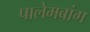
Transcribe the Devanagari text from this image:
पालेमबांग